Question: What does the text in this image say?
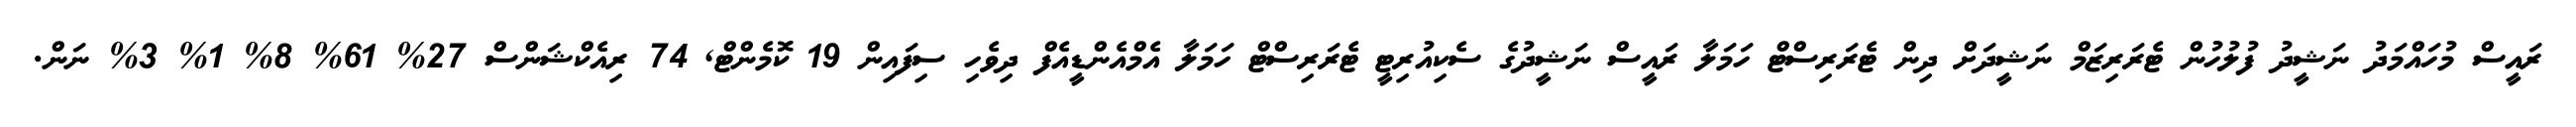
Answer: ރައީސް މުހައްމަދު ނަޝީދު ފުލުހުން ޓެރަރިޒަމް ނަޝީދަށް ދިން ޓެރަރިސްޓް ހަމަލާ ރައީސް ނަޝީދުގެ ސެކިއުރިޓީ ޓެރަރިސްޓް ހަމަލާ އެމްއެންޑީއެފް ދިވެހި ސިފައިން 19 ކޮމެންޓް, 74 ރިއެކްޝަންސް 27% 61% 8% 1% 3% ނަން.